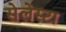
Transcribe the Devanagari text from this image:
सेलेस्टा